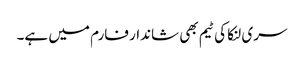
سری لنکا کی ٹیم بھی شاندار فارم میں ہے۔